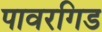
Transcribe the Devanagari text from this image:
पावरगिड